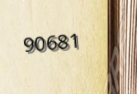
90681